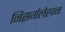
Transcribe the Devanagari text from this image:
निसर्गलेखन